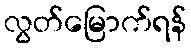
လွတ်မြောက်ရန်